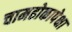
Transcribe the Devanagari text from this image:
चामढोकापेक्षा